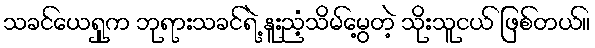
သခင်ယေရှုက ဘုရားသခင်ရဲ့ နူးညံ့သိမ်မွေ့တဲ့ သိုးသူငယ် ဖြစ်တယ်။